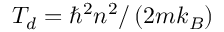
T _ { d } = \hbar ^ { 2 } n ^ { 2 } / \left( 2 m k _ { B } \right)